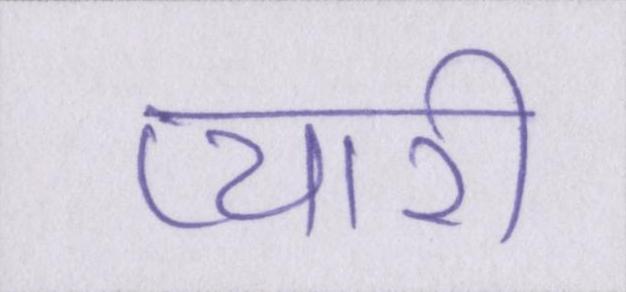
प्यारी